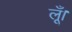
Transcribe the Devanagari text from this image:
लूँ।